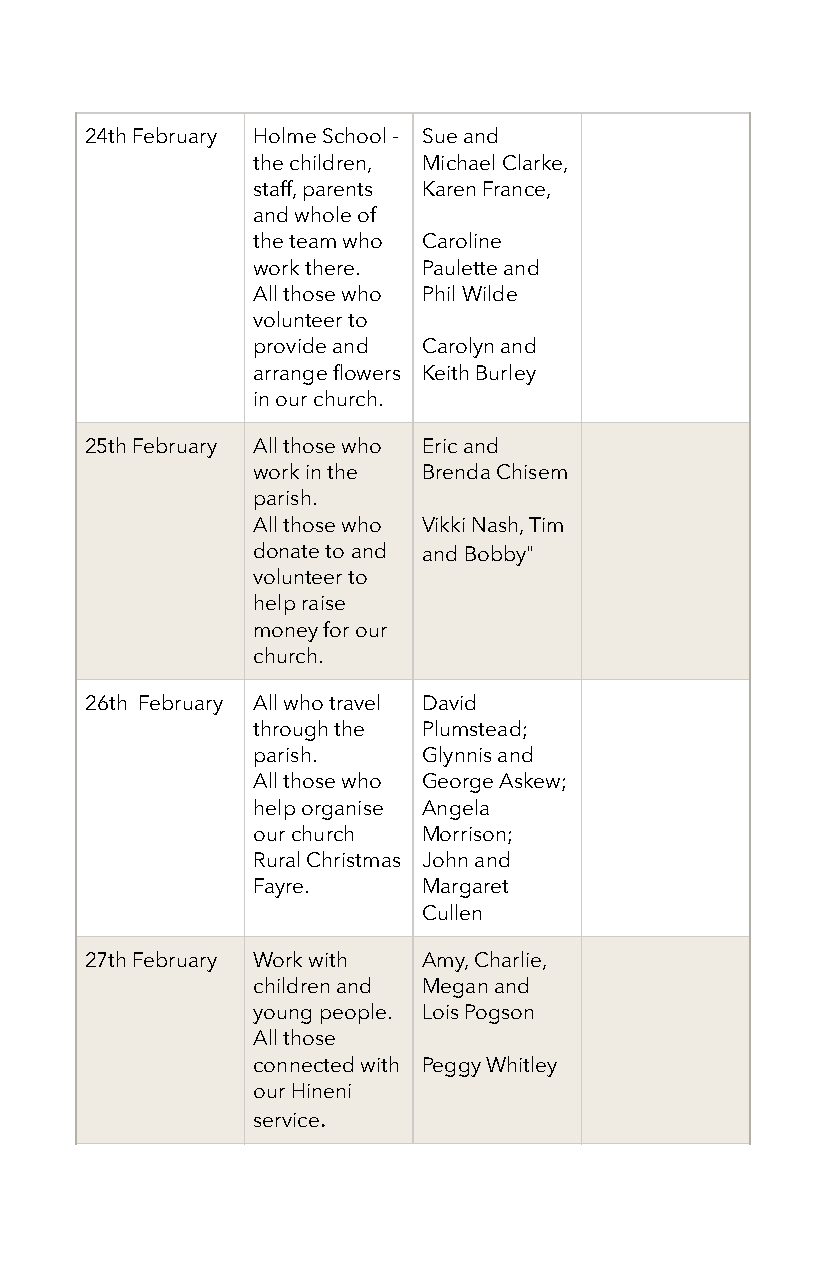
24th February Holme School - Sue and
 the children, Michael Clarke,
 staff, parents Karen France,
 and whole of
 the team who Caroline
 work there. Paulette and
 All those who Phil Wilde
 volunteer to
 provide and Carolyn and
 arrange flowers Keith Burley
 in our church.
 25th February All those who Eric and
 work in the Brenda Chisem
 parish.
 All those who Vikki Nash, Tim
 donate to and and Bobby"
 volunteer to
 help raise
 money for our
 church.
 26th February All who travel David
 through the Plumstead;
 parish.    Glynnis and
 All those who George Askew;
 help organise Angela
 our church Morrison;
 Rural Christmas John and
 Fayre.     Margaret
 Cullen
 27th February Work with Amy, Charlie,
 children and Megan and
 young people. Lois Pogson
 All those
 connected with Peggy Whitley
 our Hineni
 service.